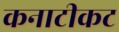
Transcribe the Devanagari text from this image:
कनाटीकट